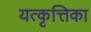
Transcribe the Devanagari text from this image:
यत्कृत्तिका